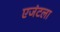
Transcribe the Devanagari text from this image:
एजंटला